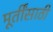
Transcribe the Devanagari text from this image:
मूर्तींसाठी